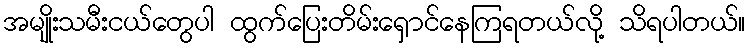
အမျိုးသမီးငယ်တွေပါ ထွက်ပြေးတိမ်းရှောင်နေကြရတယ်လို့ သိရပါတယ်။